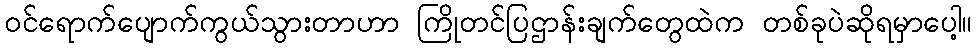
ဝင်ရောက်ပျောက်ကွယ်သွားတာဟာ ကြိုတင်ပြဌာန်းချက်တွေထဲက တစ်ခုပဲဆိုရမှာပေါ့။